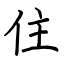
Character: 住